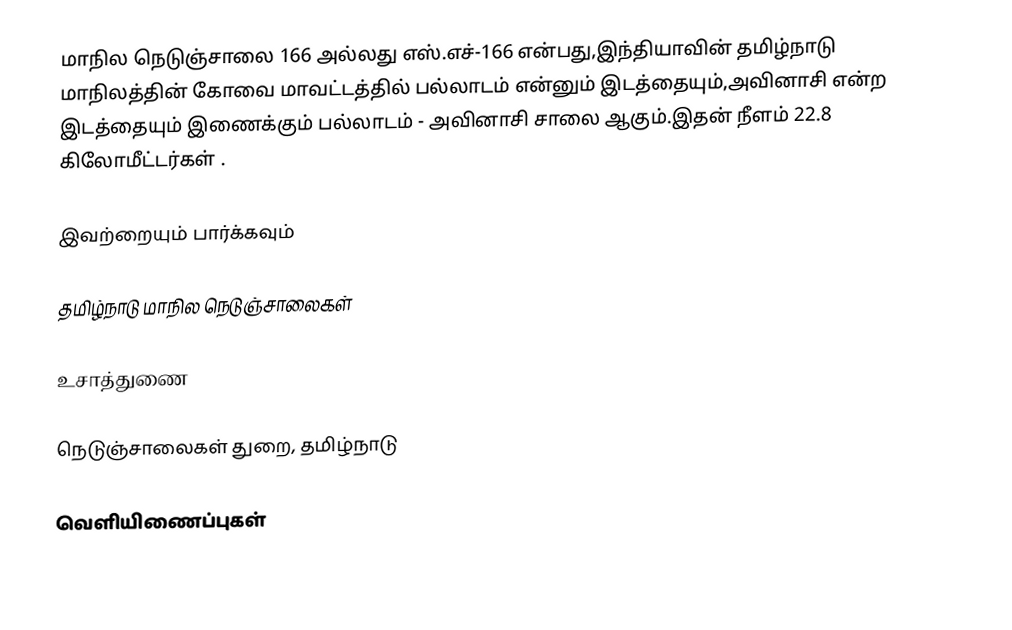
மாநில நெடுஞ்சாலை 166 அல்லது எஸ்.எச்-166  என்பது,இந்தியாவின் தமிழ்நாடு மாநிலத்தின்  கோவை மாவட்டத்தில்  பல்லாடம்  என்னும் இடத்தையும்,அவினாசி  என்ற இடத்தையும் இணைக்கும் பல்லாடம் - அவினாசி சாலை ஆகும்.இதன் நீளம் 22.8  கிலோமீட்டர்கள் .

இவற்றையும் பார்க்கவும்

 தமிழ்நாடு மாநில நெடுஞ்சாலைகள்

உசாத்துணை

 நெடுஞ்சாலைகள் துறை, தமிழ்நாடு

வெளியிணைப்புகள்